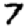
Digit: 7